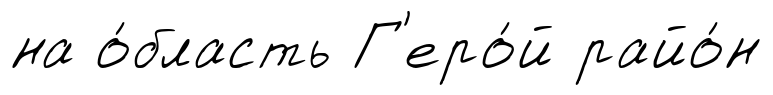
на о́бласть Г'еро́й райо́н